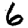
Digit: 6